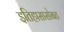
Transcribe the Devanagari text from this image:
इतिहासासोबत